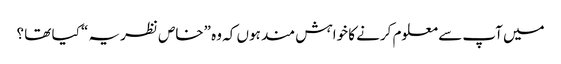
میں آپ سے معلوم کرنے کا خواہش مند ہوں کہ وہ ”خاص نظریہ “ کیا تھا ؟